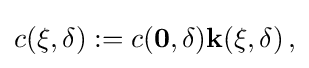
c({\bf {\xi }},\delta ):=c({\bf {{0},\delta )k({\bf {\xi }},\delta )\,,}}